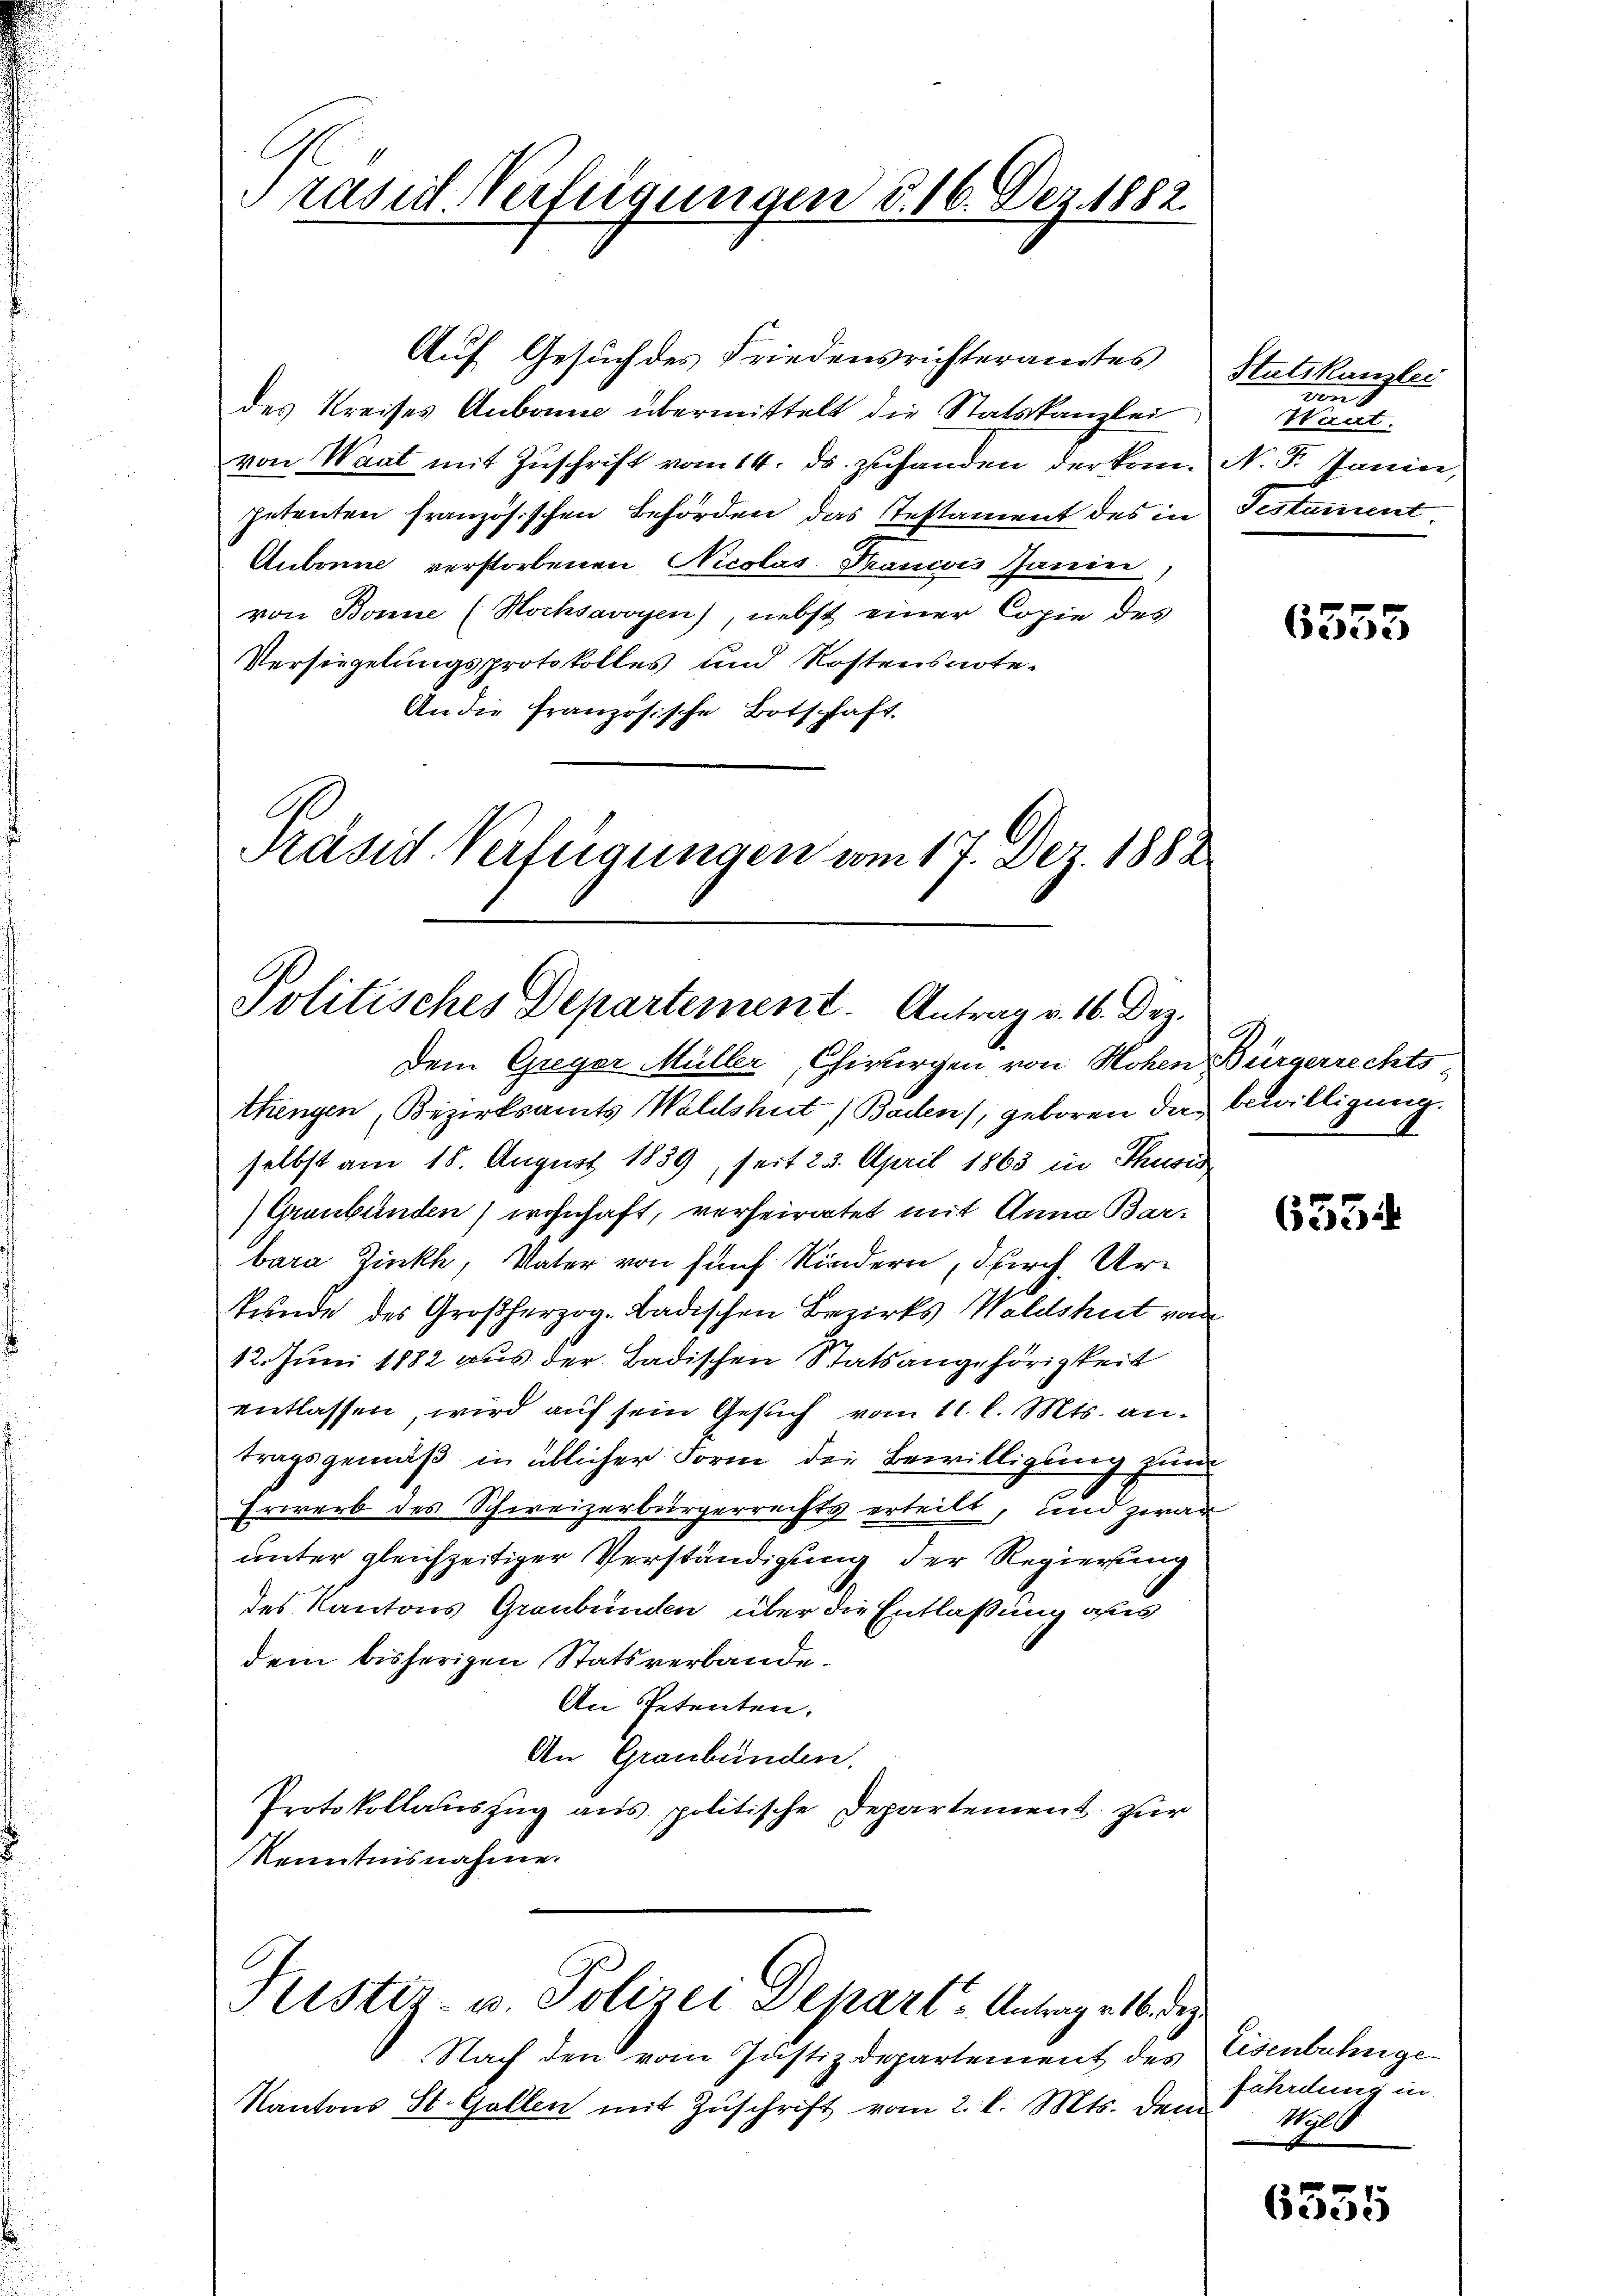
Prasil-Verfügungen d. 16. Dez. 1882

Auf Gesuch des Friedensrichteramtes
des Kreises Aubonne übermittelt die Statskanzlei
von Waat mit Zuschrift vom 14. ds. zuhanden der kam. N. F. Janin,
petenten französischen Behörden das Testament des in
Aubonne verstorbenen Nicolas Trancis Janein
von Bonne (Hochsavoyen), nebst einer Copie des
Versiegelungsprotokolles und Kostensnote.
An die Französische Botschaft.
C
Präsid Verfügungen vom 17. Dez. 1882

Politisches Departement. Antrag v. 16. Dez.

Pristir- u. Polizei Depart u Antrag v. 16. dez.

Nach den vom Justizdepartement des Eisenbahnge¬
Kantons St. Gallen mit Zuschrift vom 2. l. Mts. dem

Dem Greger Müller, Chirurgen, von Hohen Bürgerrechts
thengen Bezirksamts Waldshut Baden), geboren das bewilligung.
selbst am 18. August 1839, seit 23. April 1863 in Thusis
Graubünden) wohnhaft, verheiratet mit Anna Bar-
bara Zink, Vater von fünf Kindern, durch Urtunde des Großherzog. Badischen Bezirks Waldshut von
12. Juni 1882 aus der Badischen Statsangehörigkeit
entlassen, wird auf sein Gesuch vom 11. l. Mts. antragsgemäß in üblicher Form der Bewilligung zum
Erwerb des Schweizerbürgerrechts erteilt, und zwar
unter gleichzeitiger Verständigung der Regierung
des Kantons Graubünden über die Entlaßung aus
dem bisherigen Statsverbande.
An Petenten.
An Graubünden.
Protokollauszug aus politische Departement zur
Kenntnisnahme.

Stutskanzlei
von d
Want.
Testament

6355

6534

fährdung in
Hall

6355